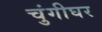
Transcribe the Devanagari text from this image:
चुंगीघर